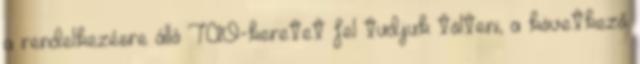
a rendelkezésre álló TAO-keretet fel tudjuk tölteni, a következő